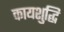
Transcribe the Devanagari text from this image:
कायशुद्धि